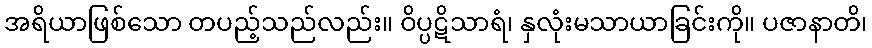
အရိယာဖြစ်သော တပည့်သည်လည်း။ ဝိပ္ပဋိသာရံ၊ နှလုံးမသာယာခြင်းကို။ ပဇာနာတိ၊